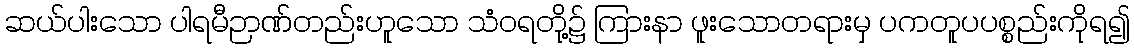
ဆယ်ပါးသော ပါရမီဉာဏ်တည်းဟူသော သံဝရတို့၌ ကြားနာ ဖူးသောတရားမှ ပကတူပပစ္စည်းကိုရ၍